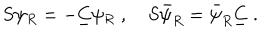
LaTeX: S \psi _ { R } = - \underline { { { C } } } \psi _ { R } \; , \quad S \bar { \psi } _ { R } = \bar { \psi } _ { R } \underline { { { C } } } \; .